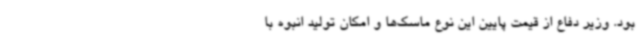
بود. وزیر دفاع از قیمت پایین این نوع ماسک‌ها و امکان تولید انبوه با